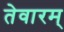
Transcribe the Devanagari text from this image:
तेवारम्‌